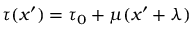
\tau ( x ^ { \prime } ) = \tau _ { 0 } + \mu ( x ^ { \prime } + \lambda )